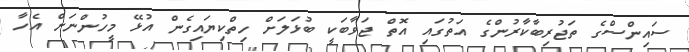
ސައިންސްގެ ތަޖުރިބާކާރުންގެ އަތުގައި އޮތް ޖަވާބަކީ ބުޅަލަށް ހިތްކިޔައިގެން އުޅޭ މީހުންނަށް އެހާ